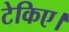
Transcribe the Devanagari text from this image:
टेकिए।